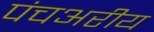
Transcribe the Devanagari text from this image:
पंचअरीय